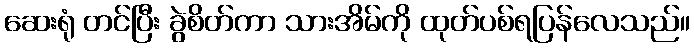
ဆေးရုံ တင်ပြီး ခွဲစိတ်ကာ သားအိမ်ကို ထုတ်ပစ်ရပြန်လေသည်။